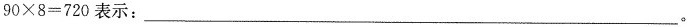
$$90\times 8=720$$表示：___.